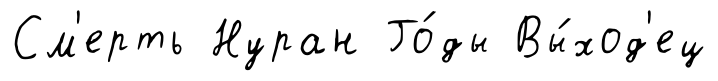
См'ерть Нуран Го́ды Вы́ход'ец